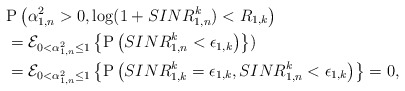
\begin{align*}&\mathrm{P}\left(\alpha_{1,n}^2 >0,\log(1+SINR^k_{1,n})<R_{1,k}\right)\\ &=\mathcal{E}_{0< \alpha_{1,n}^2\leq 1}\left\{\mathrm{P}\left( SINR^k_{1,n}<\epsilon_{1,k}\right)\right\})\\ &=\mathcal{E}_{0< \alpha_{1,n}^2\leq 1}\left\{\mathrm{P}\left(SINR^k_{1,k}=\epsilon_{1,k},SINR^k_{1,n}<\epsilon_{1,k}\right)\right\}=0,\end{align*}